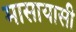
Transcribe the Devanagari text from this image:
मासायासी